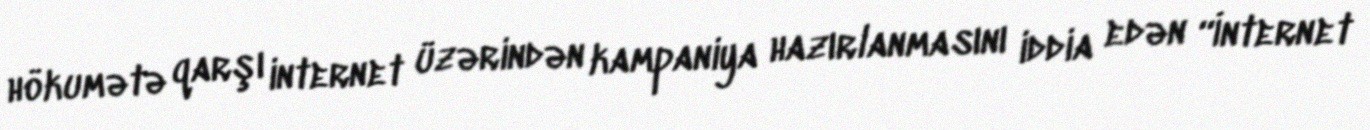
hökumətə qarşı internet üzərindən kampaniya hazırlanmasını iddia edən “İnternet